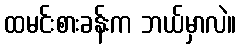
ထမင်းစားခန်းက ဘယ်မှာလဲ။